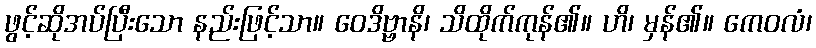
ဖွင့်ဆိုအပ်ပြီးသော နည်းဖြင့်သာ။ ဝေဒိဗ္ဗာနိ၊ သိထိုက်ကုန်၏။ ဟိ၊ မှန်၏။ ကေဝလံ၊